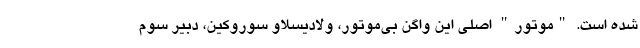
شده است. "موتور" اصلی این واگن بی‌موتور، ولادیسلاو سوروکین، دبیر سوم